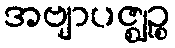
အဗျာပဇ္ဈဉ္စ